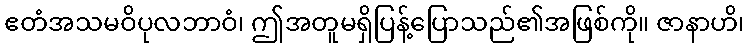
ဧတံအသမဝိပုလဘာဝံ၊ ဤအတူမရှိပြန့်ပြောသည်၏အဖြစ်ကို။ ဇာနာဟိ၊